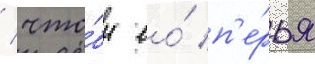
/ что́бы ео́ п'е́рья